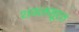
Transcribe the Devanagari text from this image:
शक्लसूरत